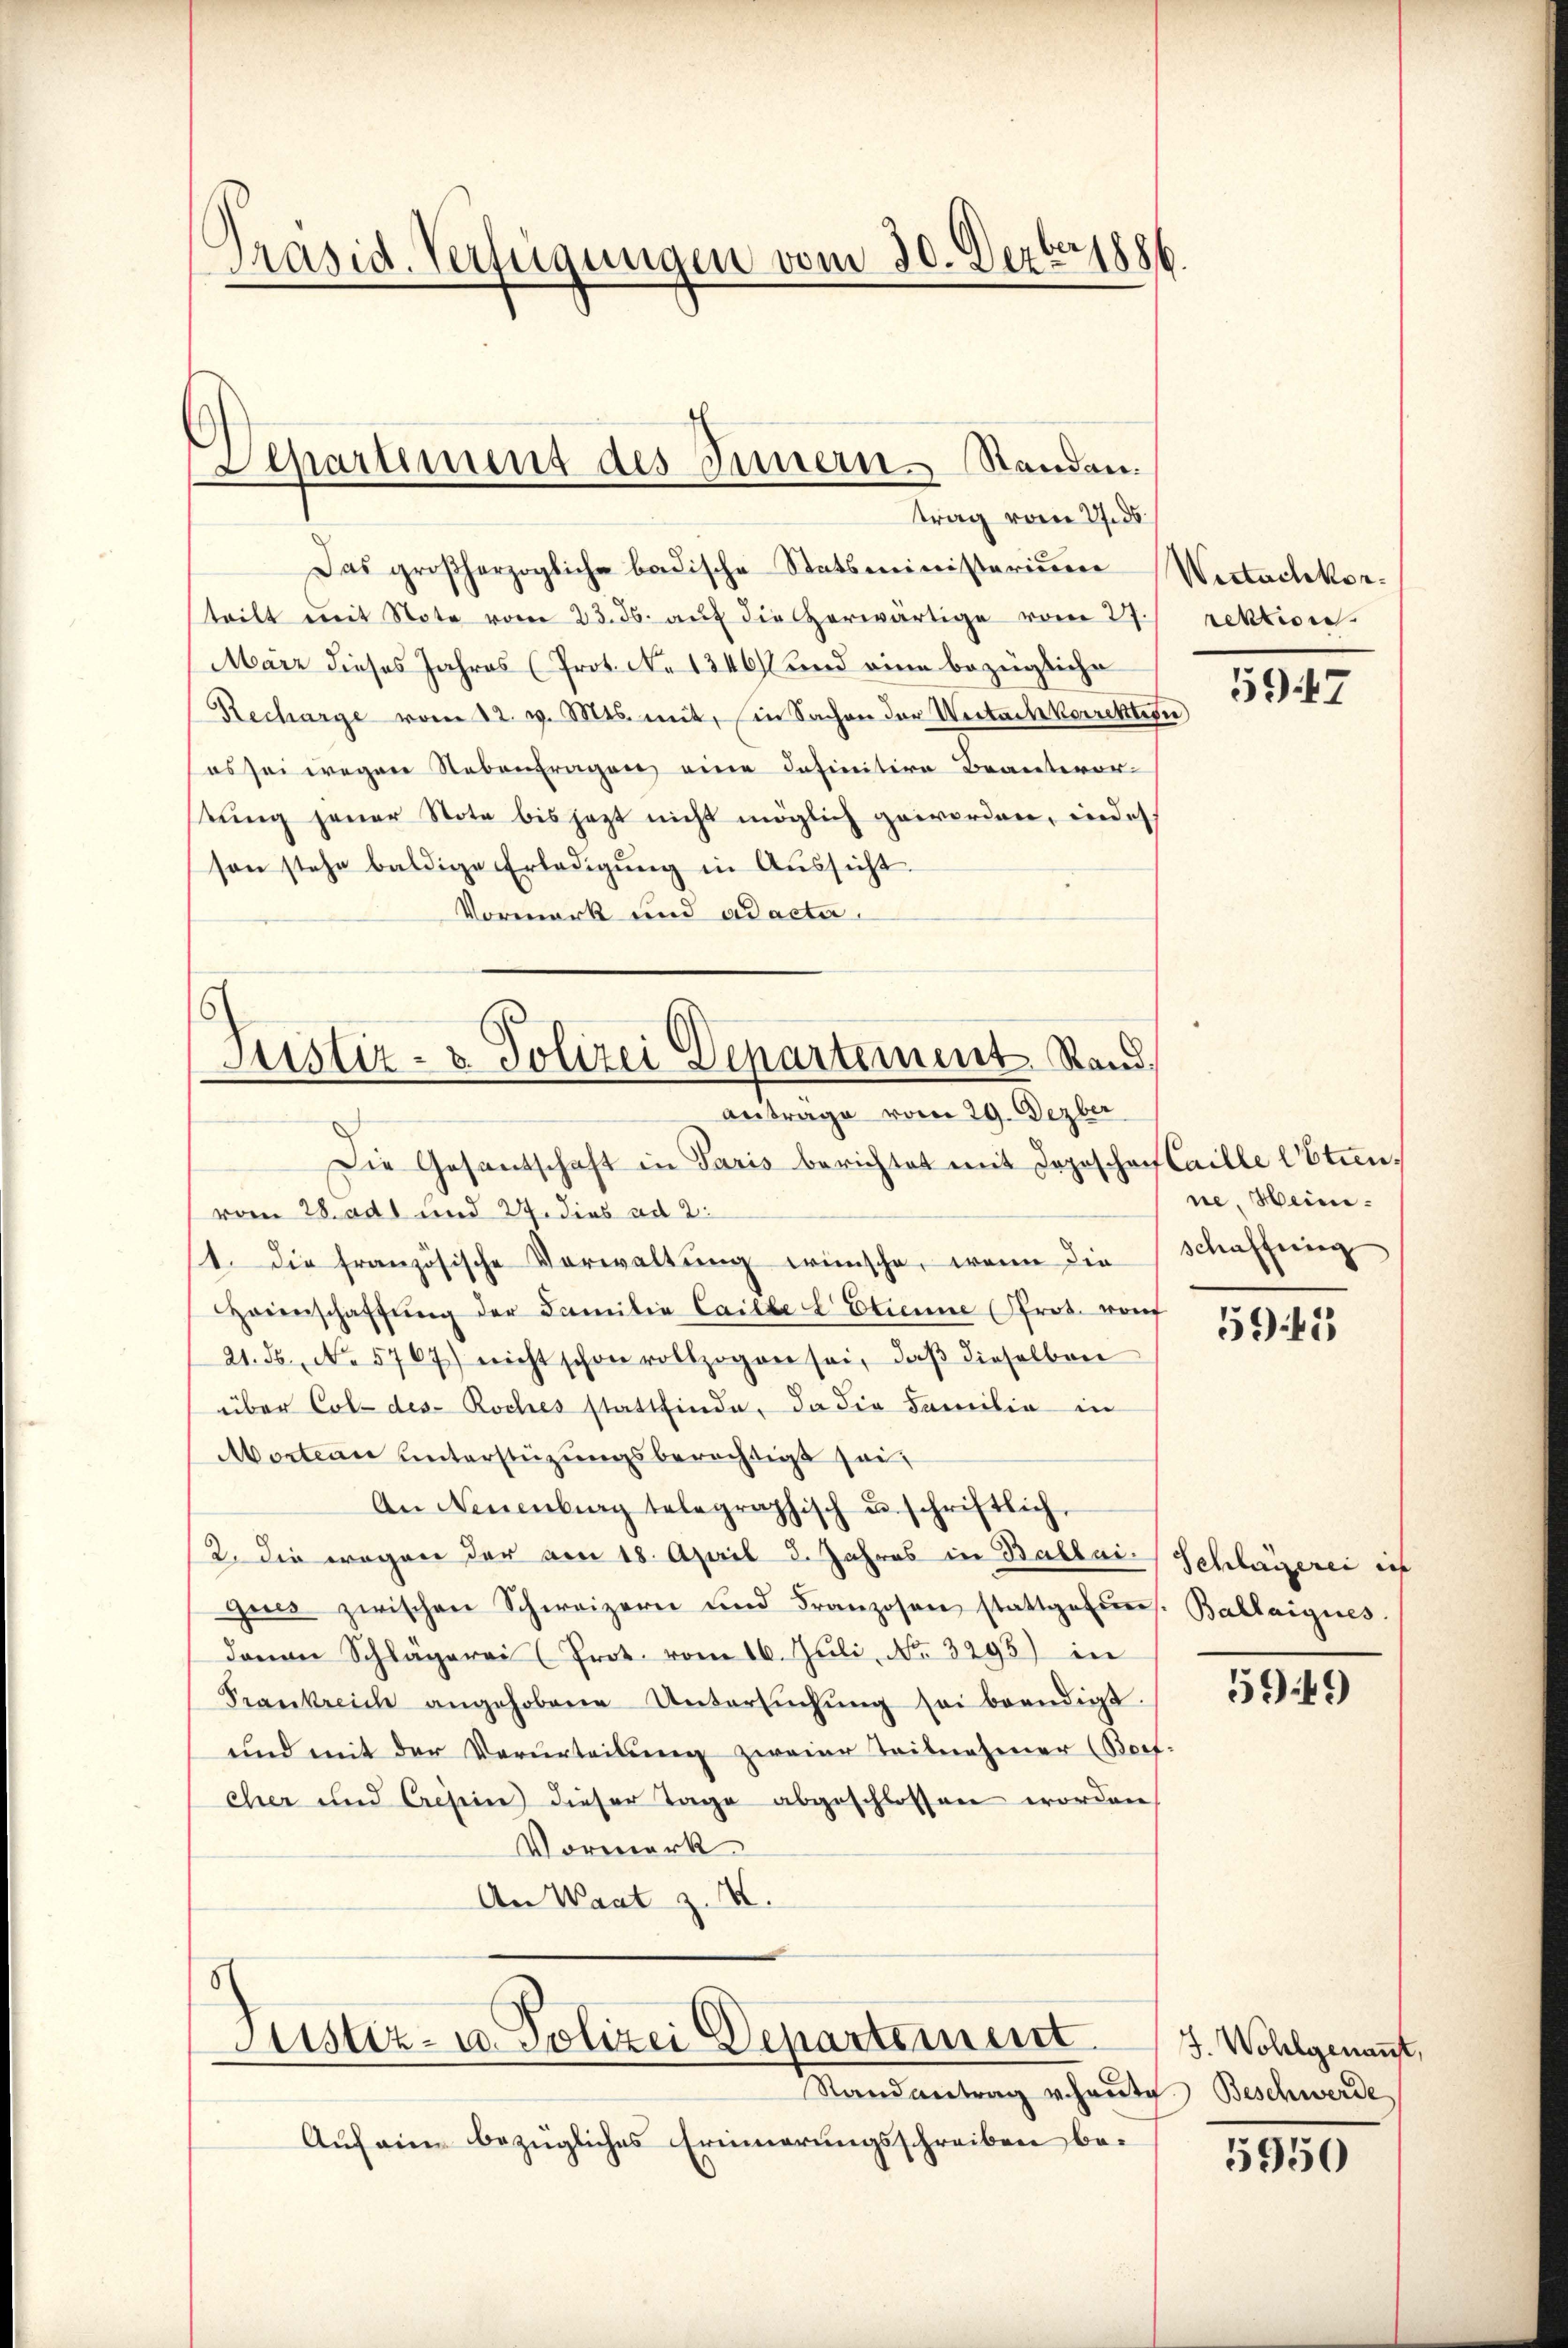
Präsid. Verfügungen vom 30. Dezbr 1886

Departiment des Innern. Standen.
x
trag vom 27. ds.

Das großherzogliche badische Statsministerium Wertachkorteilt mit Note vom 23. ds. auf die herwärtige vom 27.
März dieses Jahres (Prot. No 1340) und eine bezügliche
Recharge vom 12. v. Mts. mit, in Sachen der Untackorrektion
es sei wegen Nebenfragen eine Infinitive Beanteror-
stŭng jener Note bis jetzt nicht möglich geworden, indes
son stehe baldige Erledigŭng in Aŭssicht.
Vormerk und ad acta.
Justiz- & Polizei Departement Rand,

Antrage vom 29. Dezber

Die Gesandschaft in Paris berichtet mit Logischen taille Abtienvom 28. ad 1 und 27. dies ad 2.
11. die französische Verwaltung wünsche, wenn die
Hoinschaffung der Familia Caille Etienne (Prot. rauf
21. Fs. No. 5767) nicht schon vollzogen sei, daβ dieselben
über Col- des Roches stattfinde, da die Familie in
Mortein unterstüzungsberechtigt sei,
An Neuenburg telegraphisch u. schriftlich,
2. Die wegen der von 18. April 8. Jahres in Ballai- Schlägerei in
ques zwischen Schweizern und Franzosen stattgefŭnr. Ballaigues.
daran Schlägerei (Prot. vom 16. Juli, No. 3295) in
Frankreich angehobene Untersŭchŭng sei beendigt.
und mit der Verurteilŭng zweier Teilnehmer (Borf:
eher und Cresein dieser Tage abgeschlossen worden
Vormerk
An Waat z. X.

8
Justiz- u. Polizei Departement
Randantrag vehaute. Beschwerde

Auf eine bezügliches Erinnerungsschreiben be¬

rektion.

597

ne Heinischaffung

5941

5949

J. Wohlgenant,

5950